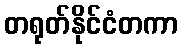
တရုတ်နိုင်ငံတကာ